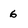
Character: 6